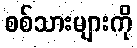
စစ်သားများကို